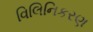
વિલિનિકરણ